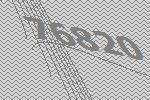
76820